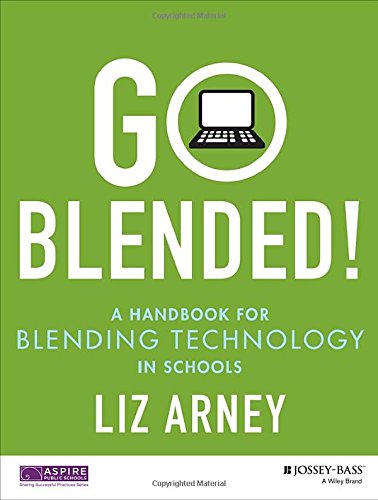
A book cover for Go Blended!: A Handbook for Blending Technology in Schools; Liz Arney; Education & Teaching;